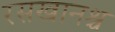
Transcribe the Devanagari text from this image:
रसखानश्च